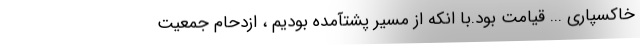
خاکسپاری ... قیامت بود.با انکه از مسیر پشتآمده بودیم ، ازدحام جمعیت